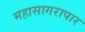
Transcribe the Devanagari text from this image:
महासागरापार